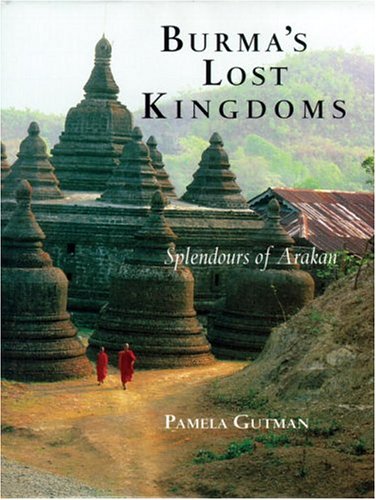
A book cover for Burma's Lost Kingdoms: Splendors Of Arakan; Pamela Gutman; Travel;